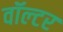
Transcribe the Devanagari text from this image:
वॉल्‍टर